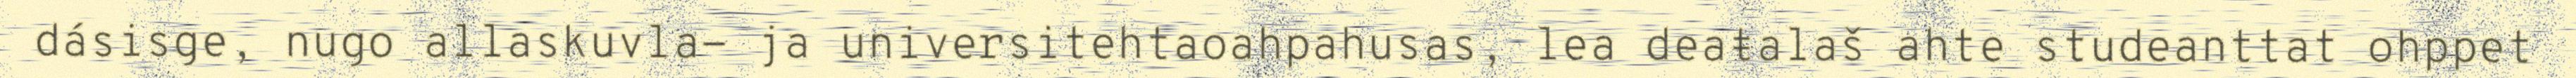
dásisge, nugo allaskuvla- ja universitehtaoahpahusas, lea deaŧalaš ahte studeanttat ohppet